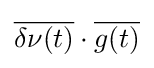
{\overline {\delta \nu (t)}}\cdot {\overline {g(t)}}